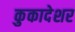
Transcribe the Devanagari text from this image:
कुकादेशर